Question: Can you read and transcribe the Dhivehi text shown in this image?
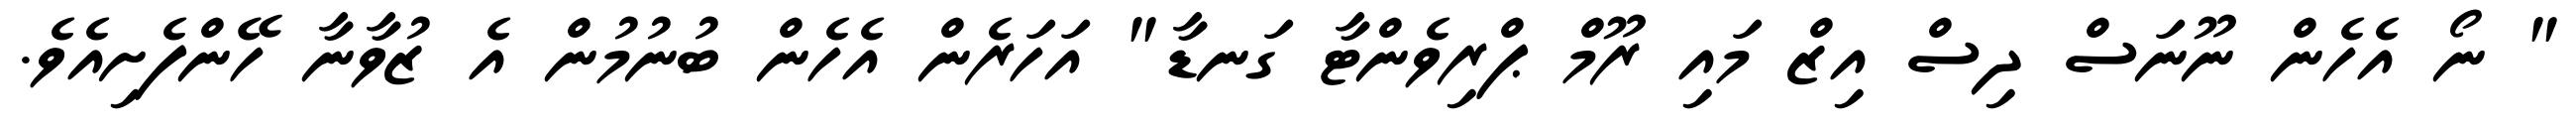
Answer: " ނޯ އެހެން ނޫނަސް ދިސް އިޒް މައި ރޫމް ޕްރިވެންޓާ ގަނޑާ" އަހަރެން އެހެން ބުނުމުން އެ ޒުވާނާ ހޭންފެށިއެވެ.